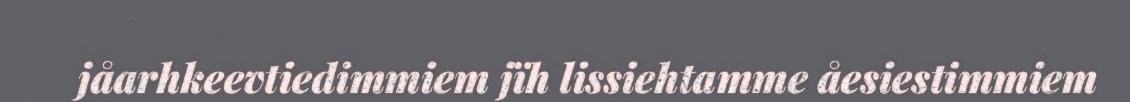
jåarhkeevtiedimmiem jïh lissiehtamme åesiestimmiem